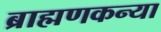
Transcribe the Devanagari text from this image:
ब्राह्मणकन्या